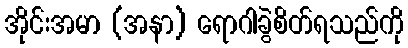
အိုင်းအမာ (အနာ) ရောဂါခွဲစိတ်ရသည်ကို